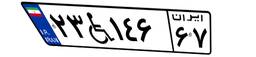
۲۳W۱۴۶۶۷